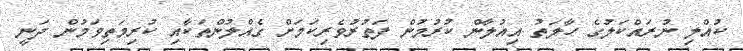
ކުއްލި ނުރައްކަލުގެ ހާލަތު އިއުލާން ކުރުމުން ފަތުރުވެރިކަމަށް ގެއްލުންތަކާއި ކުރިމަތިވަމުން ދަނީ